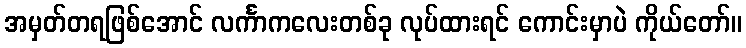
အမှတ်တရဖြစ်အောင် လင်္ကာကလေးတစ်ခု လုပ်ထားရင် ကောင်းမှာပဲ ကိုယ်တော်။